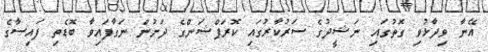
އޭނާ ވިދާޅުވި ގޮތުގައި ނަޝީދުގެ ސަރުކާރުގައި ކޮރަޕްޝަންގެ ދަށުން ނަގާފައިވާ ބޮޑެތި ފައިސާގެ